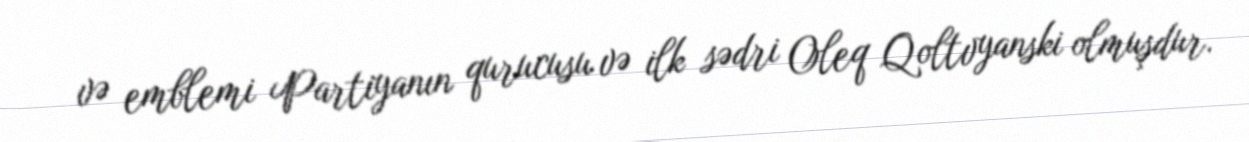
və emblemi Partiyanın qurucusu və ilk sədri Oleq Qoltvyanski olmuşdur.